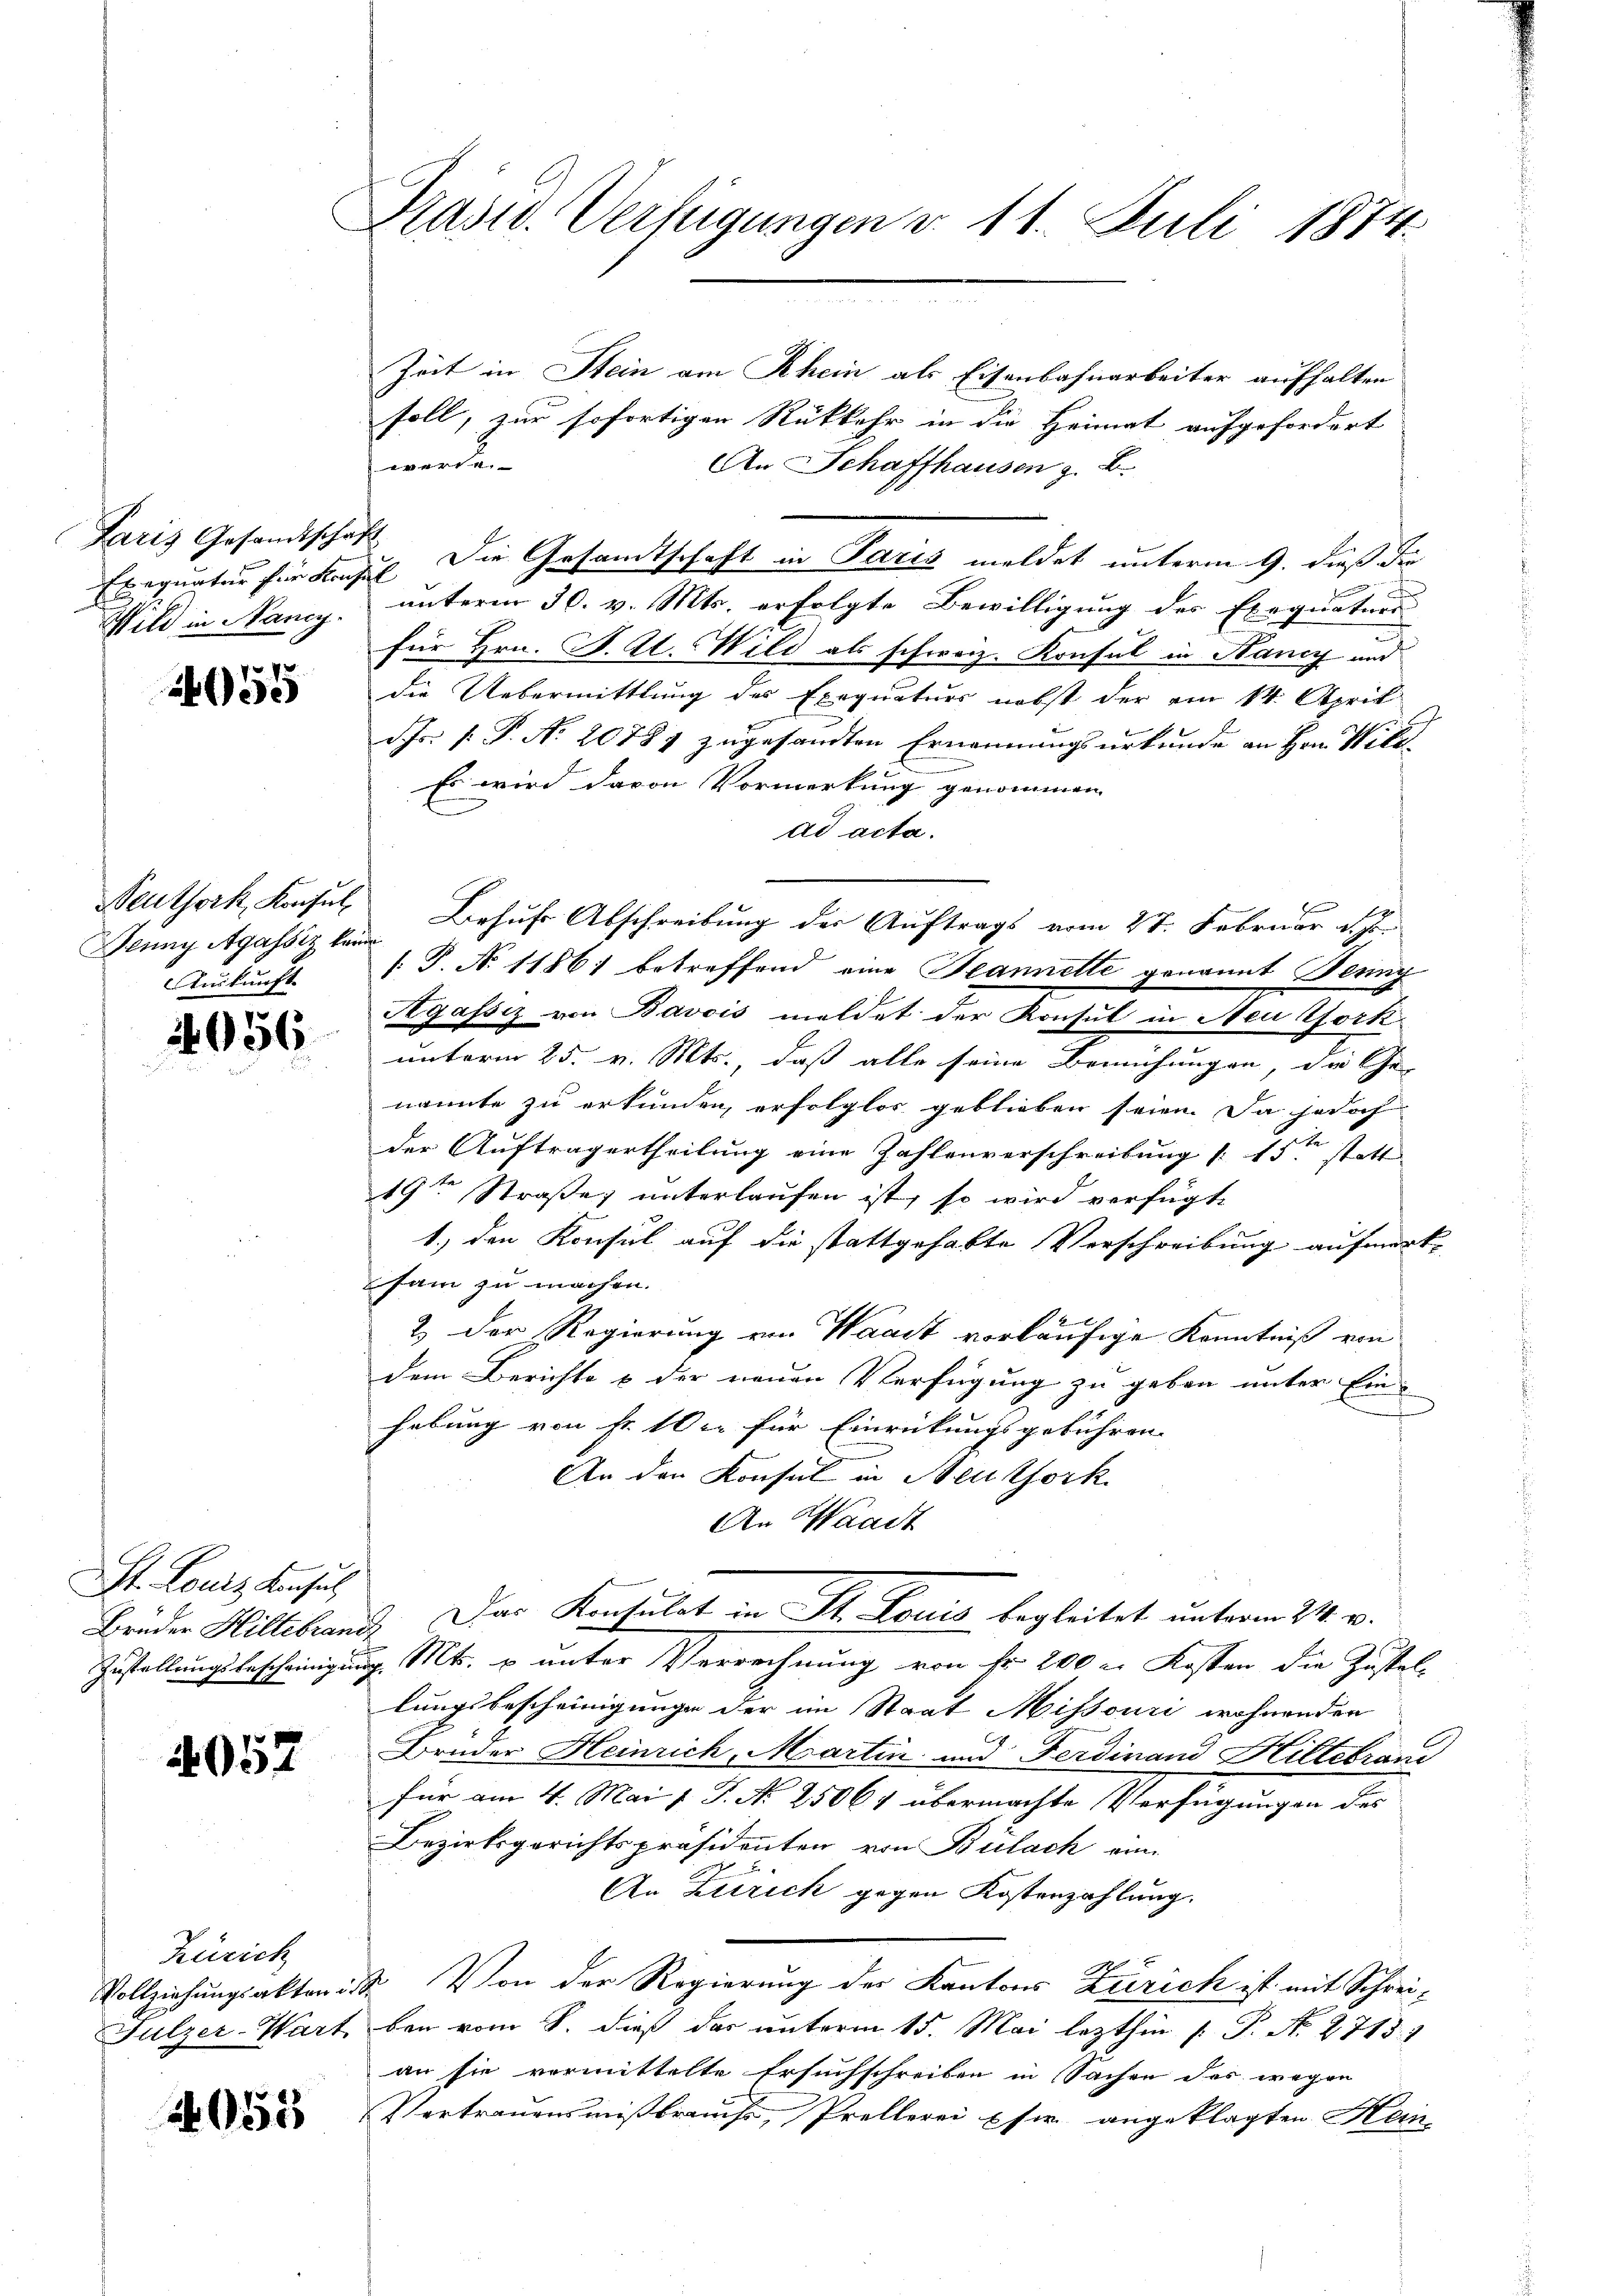
Paris Gesandtschaft
Wild in Nany.

2055

Zenny Agassiz konn
Auskunft.

2056.

St. Louis Konsuch,

4052

Zürich

4055

Präsid. Verfügungen d. 11. Juli 1874.

Neuthork, Konsul Behufs Abschreibung der Auftrags vom 27. Februar d. Js.

Zeit in Stein am Rhein als Eisenbahnarbeiter aufhalten
soll, zur sofortigen Rückkehr in die Heimat aufgefordert
werde.
An Schaffhausen z. B.
Exequatur für Frau. Die Gesandtschaft in Paris meldet unterm 9. dieß der
unterm 30. v. Mts. erfolgte Bewilligung des Exequaturs
für Hrn. F. A. Wild als schweiz. Konsul in Bancy und
die Uebermittlung des Exequaturs nebst der am 14. April
dfs. [ P. Nr. 20787 zugesandten Ernennungsurkunde an Hrn. Wider
Es wird davon Vormerkung genommen
ad acta.
[: P. N. 1186; betreffend eine Tannetti genannt Benny
Agassiz von Bavois meldet der Konsul in Neu York
unterm 25. v. Mts., daß alle seine Bemühungen, die Ge-
nannte zu erkunden, erfolglos geblieben seien. Da jedoch
t
der Auftragertheilung eine Zahlenverschreibung [15t statt
19ten Straße; unterlaufen ist, so wird verfügte
1.) den Konsul auf die stattgehabte Verschreibung aufmerk-
sam zu machen. |
2. Der Regierung von Waadt vorläufige Kenntniß von
dem Berichte & der neuen Verfügung zu geben unter Ein-
hebung von Fr. 100. für Einrückungsgebühren.
An den Konsul in Neukfork
An Waadt
Brüder Hillebrand. Das Konsulat in St. Louis begleitet unterm 24. v.
Zustellungsbescheinigung Mt. u unter Verrechnung von fr 200 r. Kosten die Zustellungsbescheinigunge der im Staat Missouri wohnenden
Bruder Heinrich, Martin und Ferdinand Hillebrauc
für am 4. Mai l. P. N. 25064 übermachte Verfügungen des
Bezirksgerichtspräsidenten von Bülach eine
An Zürich gegen Kostenzahlung.
Vollziehungsakten ist. Von der Regierung der Kantons Zürich ist mit Schrei¬
Sulzer-Wart bei vom 8. dieß das unterm 15. Mai lezthin (: P. Nr. 2715. 3
an sie vermittelte Ersuchschreiben in Sachen das wegen
Vertrauensmißbrauchs, Prellerei pfer angeklagten Hein-